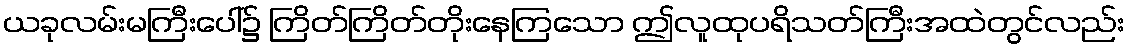
ယခုလမ်းမကြီးပေါ်၌ ကြိတ်ကြိတ်တိုးနေကြသော ဤလူထုပရိသတ်ကြီးအထဲတွင်လည်း